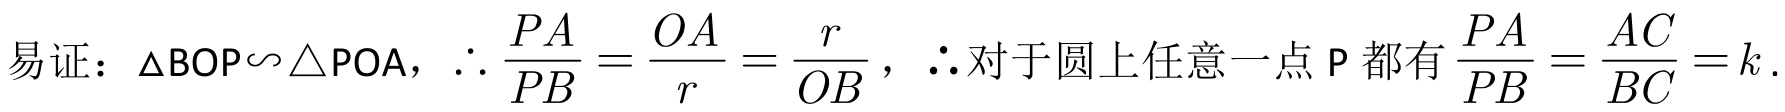
易证：\(\triangle BOP\backsim\triangle POA\)，\(\therefore \frac{PA}{PB}=\frac{OA}{r}=\frac{r}{OB}\)，\(\therefore\)对于圆上任意一点\(P\)都有\(\frac{PA}{PB}=\frac{AC}{BC}=k\).